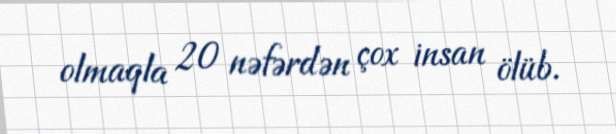
olmaqla 20 nəfərdən çox insan ölüb.